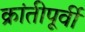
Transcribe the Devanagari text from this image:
क्रांतीपूर्वी